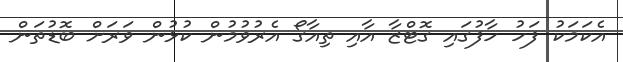
އެކަމަކު ފަހު ހާފުގައި ގޮޓްޒާ އާއި ތިއާގޯ އެރުވުމުން ކުޅުން ވަރަށް ބޮޑުތަން